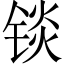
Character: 锬